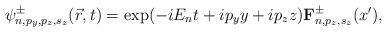
LaTeX: \begin{align*}\psi^{\pm}_{n,p_y,p_z,s_z}(\vec{r},t)= \exp(-iE_n t+ip_y y+ip_zz){\bf F}^{\pm}_{n,p_z,s_z}(x'),\end{align*}